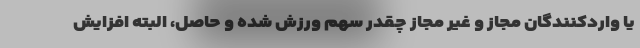
یا وارد‌کنندگان مجاز و غیر مجاز چقدر سهم ورزش شده و حاصل، البته افزایش